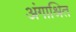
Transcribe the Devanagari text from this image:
अंगाश्रित